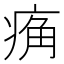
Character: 𰣮